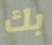
بك